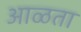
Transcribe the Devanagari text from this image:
आळता